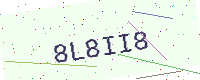
Text: 8L8II8